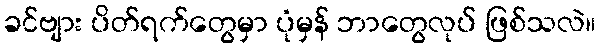
ခင်ဗျား ပိတ်ရက်တွေမှာ ပုံမှန် ဘာတွေလုပ် ဖြစ်သလဲ။